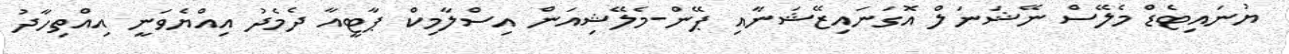
ޔުނައިޓެޑް މެލޭސް ނޭޝަނަލް އޮގަނައިޒޭޝަނާއި ޕޭން-މެލޭޝިއަން އިސްލާމިކް ޕާޓީއާ ދެމެދު އިއްޔެވަނީ އިއްތިހާދު